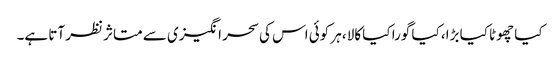
کیا چھوٹا کیا بڑا، کیا گورا کیا کالا ،ہر کوئی اس کی سحر انگیزی سے متاثر نظر آتا ہے۔